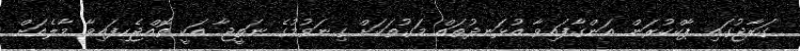
ގަރާޖުގައި ޕާކްކުރަން އަންގާފައިވާ އުޅަނދުތައް މަގުތަކަށް ގިނަވުމުގެ ނަތީޖާ އަކީ ތޮއްޖެހިފައިވާ މާލެއަށް